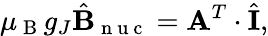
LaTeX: \mu_{\mathrm{~B~}}g_{J}\hat{\mathbf{B}}_{\mathrm{~n~u~c~}}=\mathbf{A}^{T}\cdot\hat{\mathbf{I}},